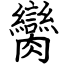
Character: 臠